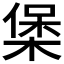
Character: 𭫄